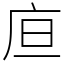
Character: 㡺